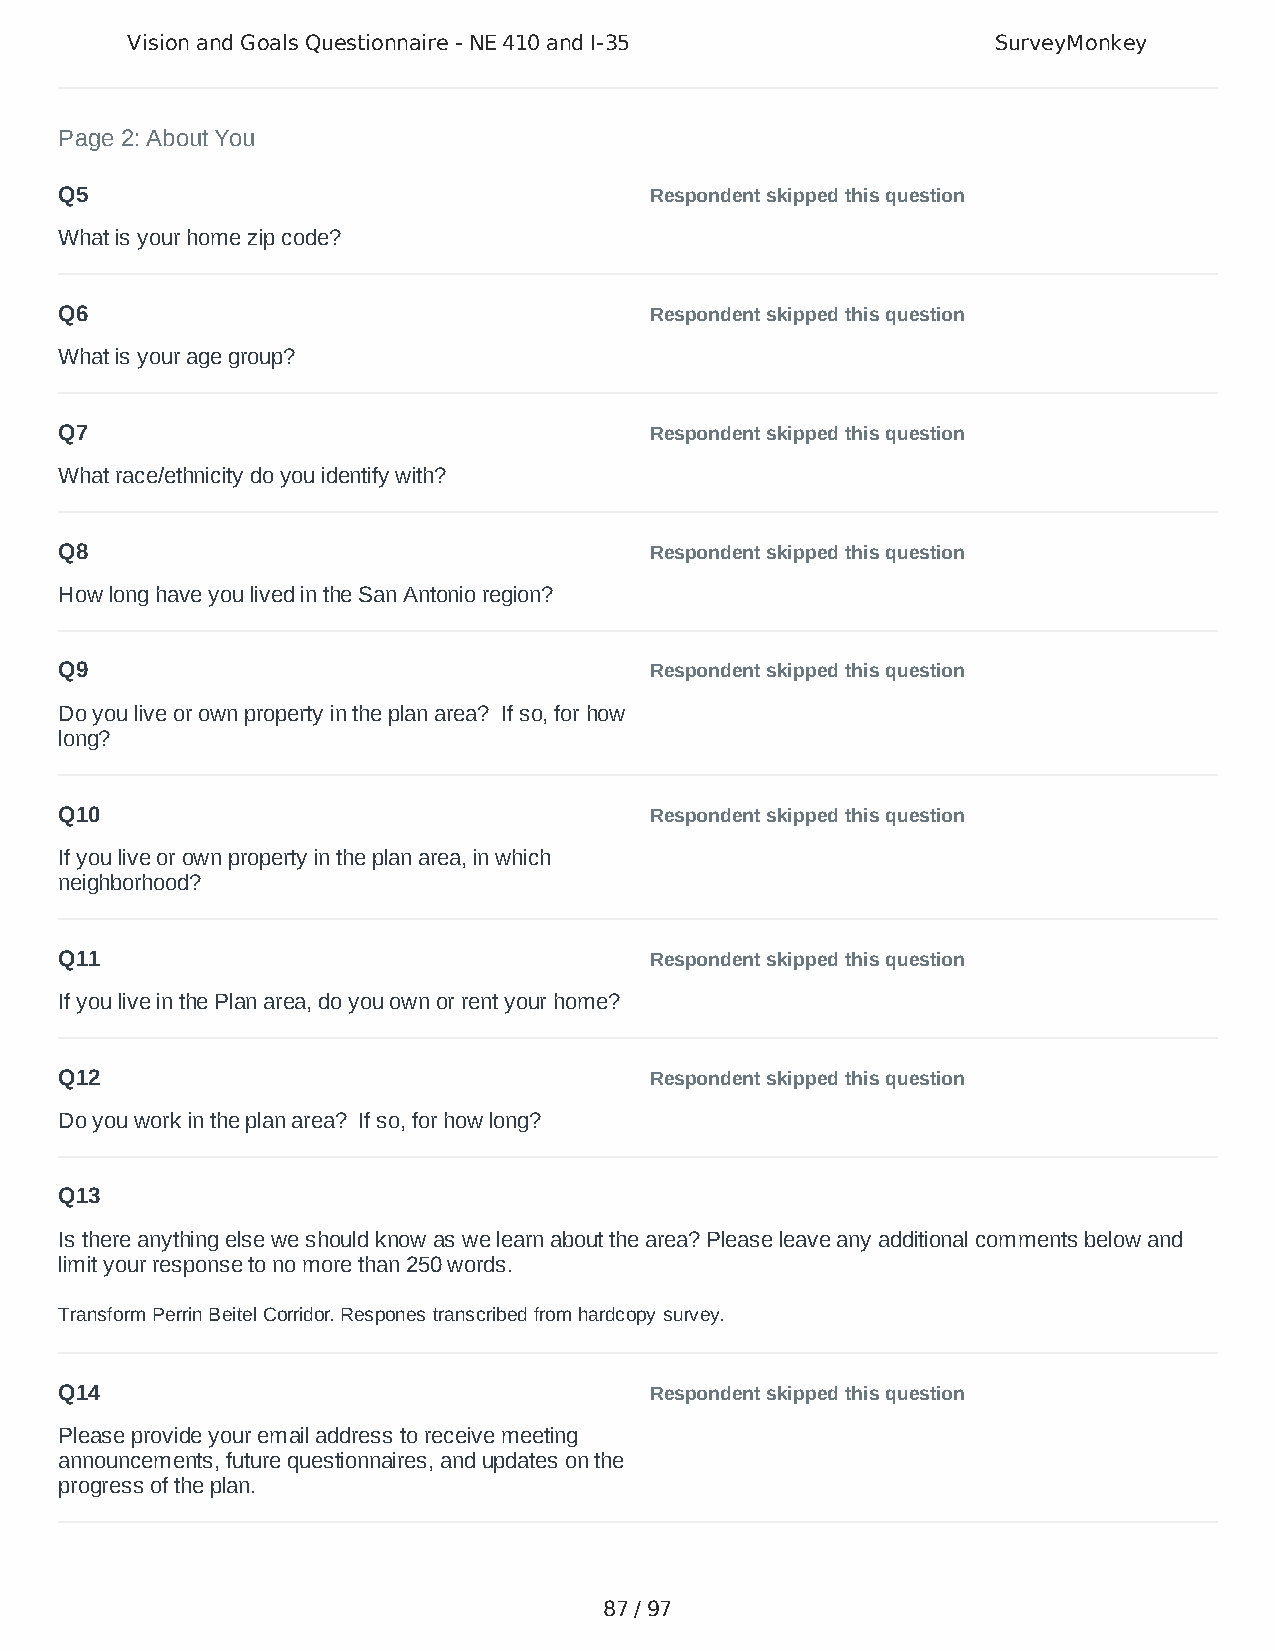
Vision and Goals Questionnaire - NE 410 and I-35          SurveyMonkey
 Page 2: About You
 Q5                                     Respondent skipped this question
 What is your home zip code?
 Q6                                     Respondent skipped this question
 What is your age group?
 Q7                                     Respondent skipped this question
 What race/ethnicity do you identify with?
 Q8                                     Respondent skipped this question
 How long have you lived in the San Antonio region?
 Q9                                     Respondent skipped this question
 Do you live or own property in the plan area? If so, for how
 long?
 Q10                                    Respondent skipped this question
 If you live or own property in the plan area, in which
 neighborhood?
 Q11                                    Respondent skipped this question
 If you live in the Plan area, do you own or rent your home?
 Q12                                    Respondent skipped this question
 Do you work in the plan area? If so, for how long?
 Q13
 Is there anything else we should know as we learn about the area? Please leave any additional comments below and
 limit your response to no more than 250 words.
 Transform Perrin Beitel Corridor. Respones transcribed from hardcopy survey.
 Q14                                    Respondent skipped this question
 Please provide your email address to receive meeting
 announcements, future questionnaires, and updates on the
 progress of the plan.
 87 / 97